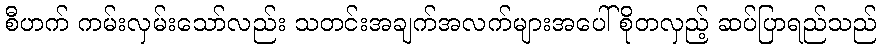
စီဟက် ကမ်းလှမ်းသော်လည်း သတင်းအချက်အလက်များအပေါ် စိုတလှည့် ဆပ်ပြာရည်သည်